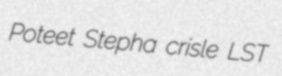
Poteet Stepha crisle LST